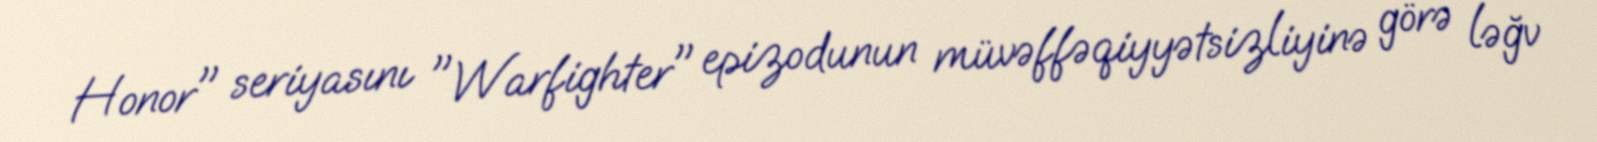
Honor" seriyasını "Warfighter" epizodunun müvəffəqiyyətsizliyinə görə ləğv